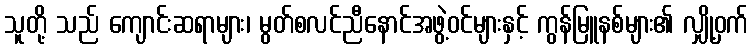
သူတို့ သည် ကျောင်းဆရာများ၊ မွတ်စလင်ညီနောင်အဖွဲ့ဝင်များနှင့် ကွန်မြူနစ်များ၏ လျှို့ဝှက်